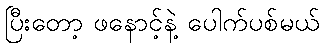
ပြီးတော့ ဖနောင့်နဲ့ ပေါက်ပစ်မယ်